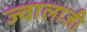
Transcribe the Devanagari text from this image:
ज्‍वालाजी